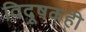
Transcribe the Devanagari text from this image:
विदूषकही